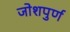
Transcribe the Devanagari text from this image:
जोशपुर्ण